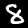
Label: 8